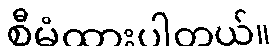
စီမံထားပါတယ်။